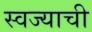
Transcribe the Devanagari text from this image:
स्वज्याची